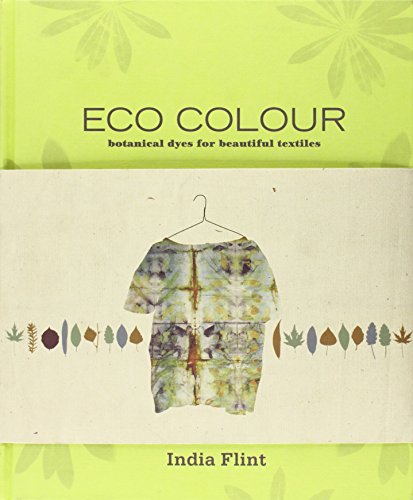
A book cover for Eco Colour: Botanical Dyes for Beautiful Textiles; India Flint; Crafts, Hobbies & Home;